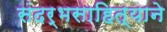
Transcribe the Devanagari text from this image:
संदर्भसाहित्याने